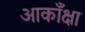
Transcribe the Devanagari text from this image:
आकाँक्षा